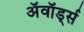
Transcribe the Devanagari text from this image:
अॅवॉर्ड्स